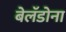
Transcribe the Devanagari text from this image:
बेलॅडोना